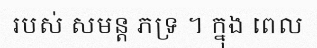
របស់ សមន្ត ភទ្រ ។ ក្នុង ពេល